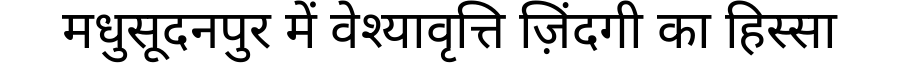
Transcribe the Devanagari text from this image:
मधुसूदनपुर में वेश्यावृत्ति ज़िंदगी का हिस्सा